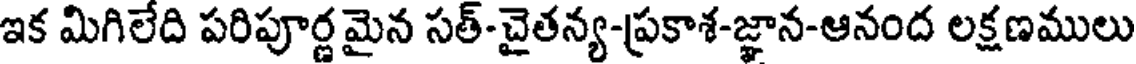
ఇక మిగిలేది పరిపూర్ణ మైన సత్-చైతన్య-ప్రకాశ-జ్ఞాన-ఆనంద లక్షణములు